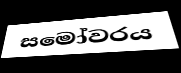
සමෝවරය